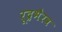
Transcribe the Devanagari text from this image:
रूद्रभैरव